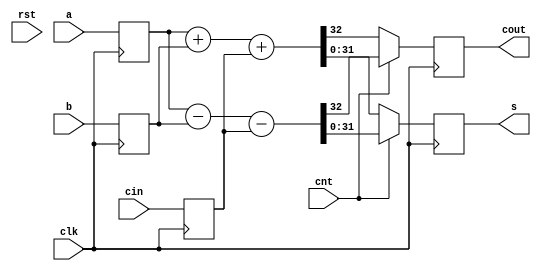
module adder_sub(s, cout, a, b, cin, cnt, clk, rst);
	parameter n = 32;
	input cin, clk, rst;
	input cnt;
	input [n-1:0] a, b;
	output reg cout;
	output reg [n-1:0] s;
	reg [31:0] ai,bi;
	reg ci;

	always @ (posedge clk)
	begin
		ai <= a;
		bi <= b;
		ci <= cin;
		if(~rst)
			s <= 0;
			cout <= 0;
		if(cnt == 0)
			{cout, s} <= ai + bi + ci;
		else if(cnt == 1)
			{cout, s} <= ai - bi - ci;
	end
endmodule